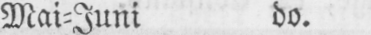
Mai⸗Juni do.